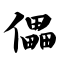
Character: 儡